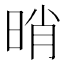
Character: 𣆺